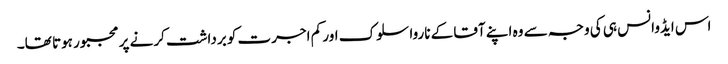
اس ایڈوانس ہی کی وجہ سے وہ اپنے آقا کے ناروا سلوک اور کم اجرت کو برداشت کرنے پر مجبور ہوتا تھا۔